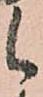
候